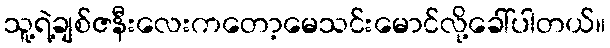
သူ့ရဲ့ချစ်ဇနီးလေးကတော့မေသင်းမောင်လို့ခေါ်ပါတယ်။